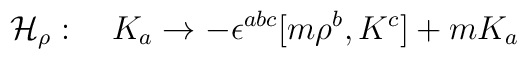
{\cal H}_\rho:\quad K_a \to - \epsilon^{abc} [m {\rho}^b,K^c] +  m K_a